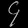
Digit: ၄